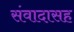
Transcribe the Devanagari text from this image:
संवादासह